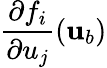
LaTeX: \frac{\partial f_{i}}{\partial u_{j}}({\mathbf{u}}_{b})